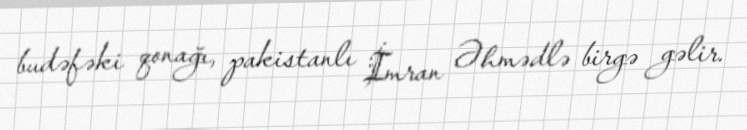
budəfəki qonağı, pakistanlı İmran Əhmədlə birgə gəlir.